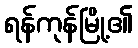
ရန်ကုန်မြို့၏